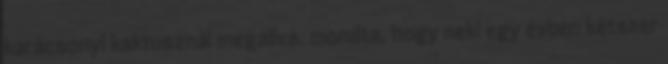
karácsonyi kaktusznál megállva, mondta, hogy neki egy évben kétszer